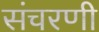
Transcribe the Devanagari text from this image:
संचरणी